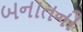
બનાતની